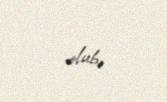
olub.